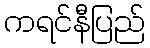
ကရင်နီပြည်